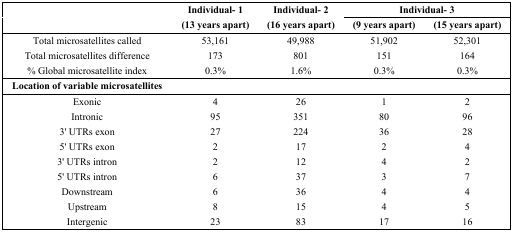
|  | Individual- 1 | Individual- 2 | <COLSPAN=2> Individual- 3 |
 |  | (13 years apart) | (16 years apart) | (9 years apart) | (15 years apart) |
 | --- | --- | --- | --- | --- |
 | Total microsatellites called | 53,161 | 49,988 | 51,902 | 52,301 |
 | Total microsatellites difference | 173 | 801 | 151 | 164 |
 | % Global microsatellite index | 0.3% | 1.6% | 0.3% | 0.3% |
 | <COLSPAN=5> Location of variable microsatellites |
 | Exonic | 4 | 26 | 1 | 2 |
 | Intronic | 95 | 351 | 80 | 96 |
 | 3' UTRs exon | 27 | 224 | 36 | 28 |
 | 5' UTRs exon | 2 | 17 | 2 | 4 |
 | 3' UTRs intron | 2 | 12 | 4 | 2 |
 | 5' UTRs intron | 6 | 37 | 3 | 7 |
 | Downstream | 6 | 36 | 4 | 4 |
 | Upstream | 8 | 15 | 4 | 5 |
 | Intergenic | 23 | 83 | 17 | 16 |